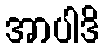
အာပါဒိ